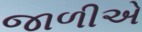
જાળીએ